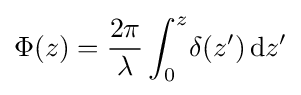
\Phi (z)={\frac {2\pi }{\lambda }}\int _{0}^{z}\!\delta (z')\,\mathrm {d} z'